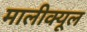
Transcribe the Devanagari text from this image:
मालीक्यूल